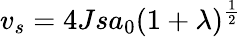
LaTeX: v_{s}=4Jsa_{0}(1+\lambda)^{\frac{1}{2}}